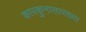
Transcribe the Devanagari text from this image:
कारकुनासारख्या